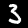
Digit: 3